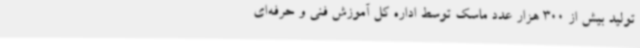
تولید بیش از 300 هزار عدد ماسک توسط اداره کل آموزش فنی و حرفه‌ای